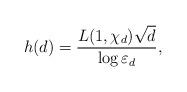
LaTeX: \begin{align*}h(d)=\frac{L(1,\chi_d) \sqrt{d}}{\log \varepsilon_d},\end{align*}